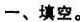
一、填空。